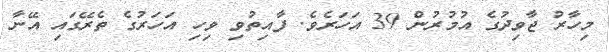
މިހާރު ޖާވިދުގެ އުމުރުން 39 އަހަރެވެ. ފާއިތުވި ވިހި އަހަރުގެ ތެރޭގައި އޭނާ